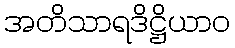
အတိသာရဒိဋ္ဌိယာဝ